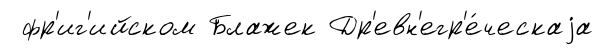
фр'иг'ийском Блажек Др'евн'егр'е́ческаjа